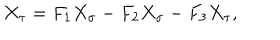
X _ { \tau } = F _ { 1 } X _ { \sigma } - F _ { 2 } X _ { \sigma } - F _ { 3 } X _ { \tau } ,